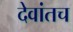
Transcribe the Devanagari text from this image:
देवांतच